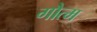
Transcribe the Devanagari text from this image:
गौत्म